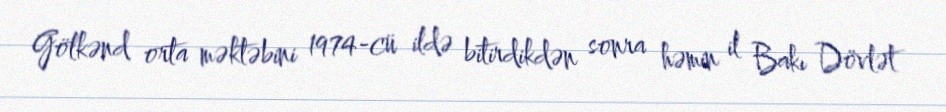
Gölkənd orta məktəbini 1974-cü ildə bitirdikdən sonra həmin il Bakı Dövlət